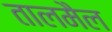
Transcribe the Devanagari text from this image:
तालमैल